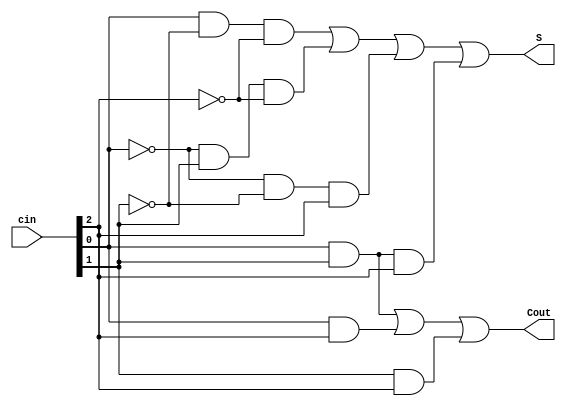
module full_adder (
    input  wire  [2:0] cin ,
    output wire        Cout,
    output wire        S    
);
    assign S = (cin[0]&~cin[1]&~cin[2])|(~cin[0]&cin[1]&~cin[2])|(~cin[0]&~cin[1]&cin[2])|(cin[0]&cin[1]&cin[2]);
    assign Cout = cin[0]&cin[1]|cin[0]&cin[2]|cin[1]&cin[2];
endmodule